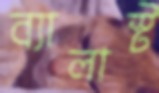
ব্যালাস্ট